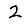
Digit: 2